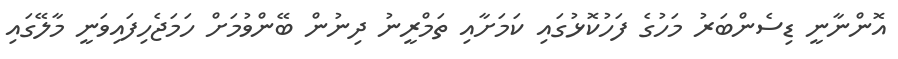
އޮންނާނީ ޑިސެންބަރު މަހުގެ ފަހުކޮޅުގައި ކަމަށާއި ތަމްރީނު ދިނުން ބޭންވުމަށް ހަމަޖެހިފައިވަނީ މާލޭގައި